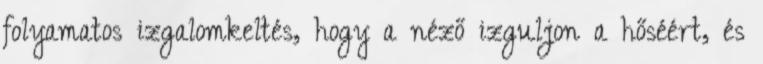
folyamatos izgalomkeltés, hogy a néző izguljon a hőséért, és